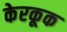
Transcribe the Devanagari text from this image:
केरकूक